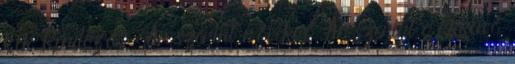
kék Rendezés Ár szerint növekvő Ár szerint csökkenő